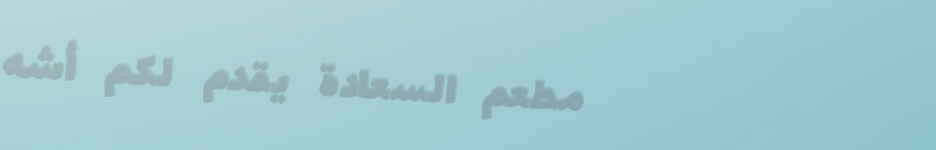
مطعم السعادة يقدم لكم أشه